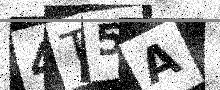
Text: 4T5A